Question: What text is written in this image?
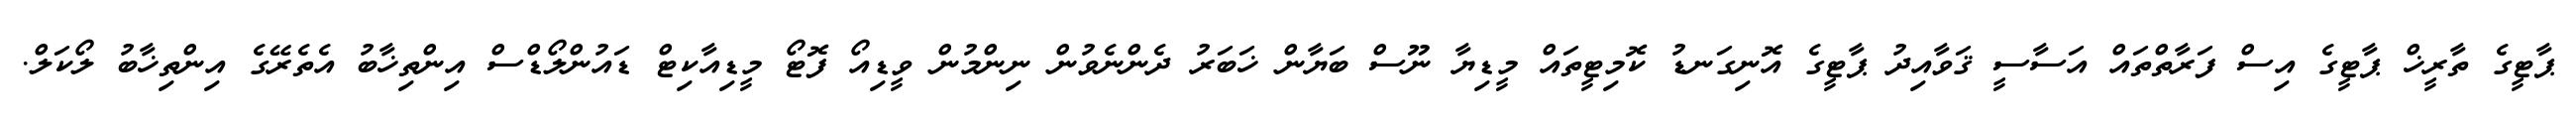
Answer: ޕާޓީގެ ތާރީޚް ޕާޓީގެ އިސް ފަރާތްތައް އަސާސީ ޤަވާއިދު ޕާޓީގެ އޮނިގަނޑު ކޮމިޓީތައް މީޑިޔާ ނޫސް ބަޔާން ޚަބަރު ދެންނެވުން ނިންމުން ވީޑިއޯ ފޮޓޯ މީޑިއާކިޓް ޑައުންލޯޑްސް އިންތިޚާބު އެތެރޭގެ އިންތިޚާބު ލޯކަލް.